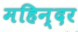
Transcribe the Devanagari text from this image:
महिन्दर